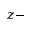
z -